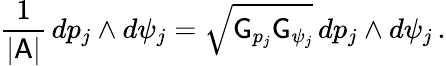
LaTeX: \frac{1}{|\mathsf{A}|}\, dp_{j}\wedge d\psi_{j}=\sqrt{\mathsf{G}_{p_{j}}\mathsf{G}_{\psi_{j}}}\, dp_{j}\wedge d\psi_{j}\, .